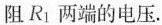
阻R_{1}两端的电压。